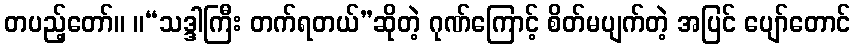
တပည့်တော်။ ။“သဒ္ဒါကြီး တက်ရတယ်”ဆိုတဲ့ ဂုဏ်ကြောင့် စိတ်မပျက်တဲ့ အပြင် ပျော်တောင်